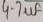
Text: 4.7uf